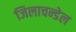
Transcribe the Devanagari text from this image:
जिलाचन्डेल